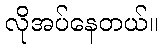
လိုအပ်နေတယ်။